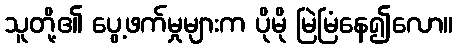
သူတို့၏ ပွေ့ဖက်မှုများက ပိုမို မြဲမြံနေ၍လော။